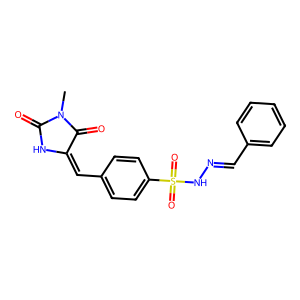
SMILES: CN1C(=O)NC(=Cc2ccc(S(=O)(=O)NN=Cc3ccccc3)cc2)C1=O
Inhibits HIV replication: No